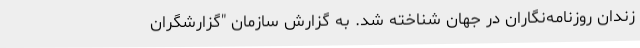
زندان روزنامه‌نگاران در جهان شناخته شد. به گزارش سازمان "گزارشگران